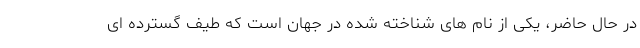
در حال حاضر، یکی از نام های شناخته شده در جهان است که طیف گسترده ای